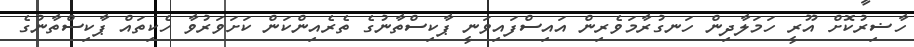
ހާޟިރުކޮށް އޫރީ ހަމަލާދިން ހަނގުރާމަވެރިން އައިސްފައިވަނީ ޕާކިސްތާނުގެ ތެރެއިންކަން ކަށަވަރުވާ ހެކިތައް ޕާކިސްތާނުގެ